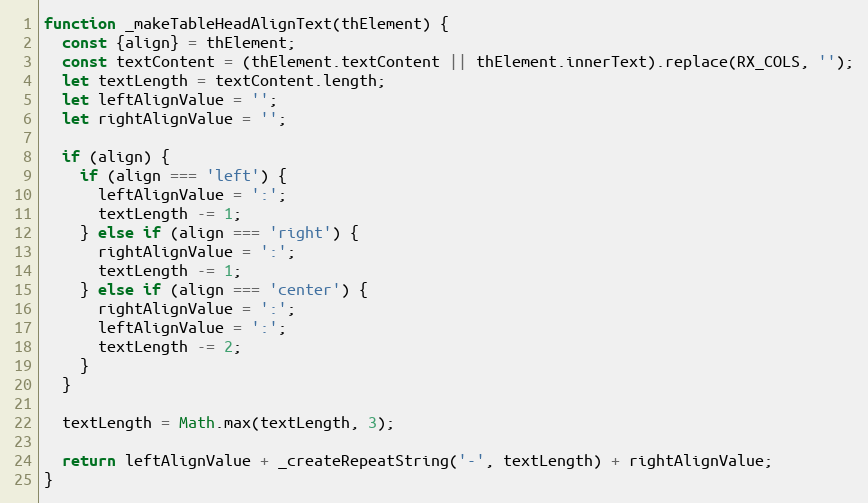
Language: JavaScript
function _makeTableHeadAlignText(thElement) {
  const {align} = thElement;
  const textContent = (thElement.textContent || thElement.innerText).replace(RX_COLS, '');
  let textLength = textContent.length;
  let leftAlignValue = '';
  let rightAlignValue = '';

  if (align) {
    if (align === 'left') {
      leftAlignValue = ':';
      textLength -= 1;
    } else if (align === 'right') {
      rightAlignValue = ':';
      textLength -= 1;
    } else if (align === 'center') {
      rightAlignValue = ':';
      leftAlignValue = ':';
      textLength -= 2;
    }
  }

  textLength = Math.max(textLength, 3);

  return leftAlignValue + _createRepeatString('-', textLength) + rightAlignValue;
}